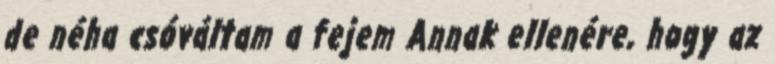
de néha csóváltam a fejem Annak ellenére, hogy az